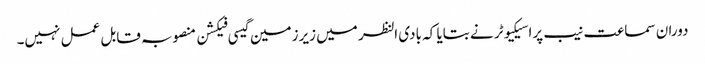
دوران سماعت نیب پراسیکیوٹر نے بتایا کہ بادی النظر میں زیرزمین گیسی فیکشن منصوبہ قابل عمل نہیں۔